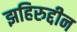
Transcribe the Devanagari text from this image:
झहिरुद्दीन